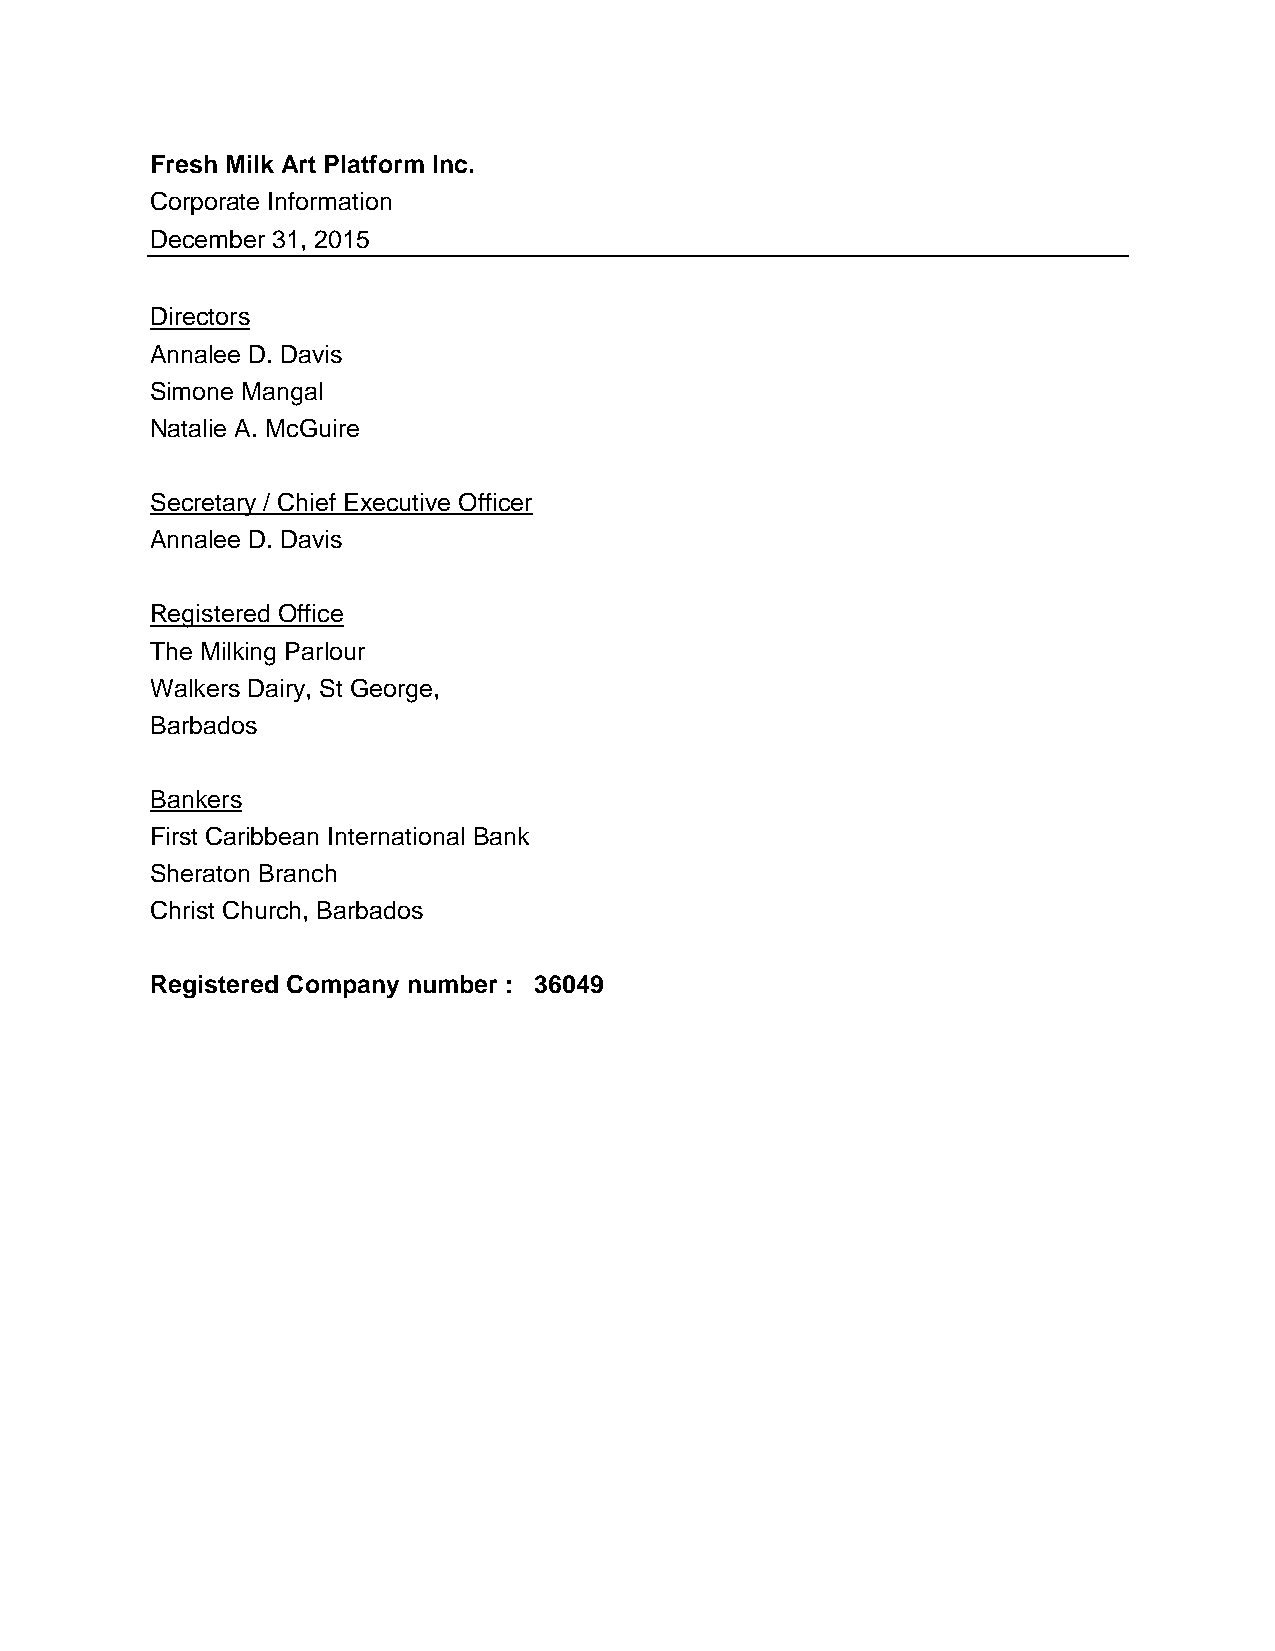
Fresh Milk Art Platform Inc.
 Corporate Information
 December 31, 2015
 Directors
 Annalee D. Davis
 Simone Mangal
 Natalie A. McGuire
 Secretary / Chief Executive Officer
 Annalee D. Davis
 Registered Office
 The Milking Parlour
 Walkers Dairy, St George,
 Barbados
 Bankers
 First Caribbean International Bank
 Sheraton Branch
 Christ Church, Barbados
 Registered Company number : 36049